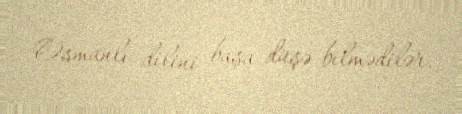
Osmanlı dilini başa düşə bilmədilər.